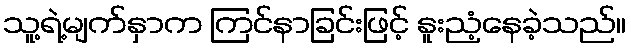
သူ့ရဲ့မျက်နှာက ကြင်နာခြင်းဖြင့် နူးညံ့နေခဲ့သည်။